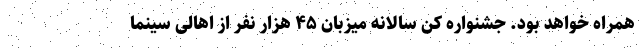
همراه خواهد بود. جشنواره کن سالانه میزبان ۴۵ هزار نفر از اهالی سینما